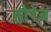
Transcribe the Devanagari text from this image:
होरेब